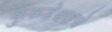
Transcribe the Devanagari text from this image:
कुकडेश्वराचे